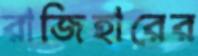
রাজিহারের